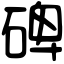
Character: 碑